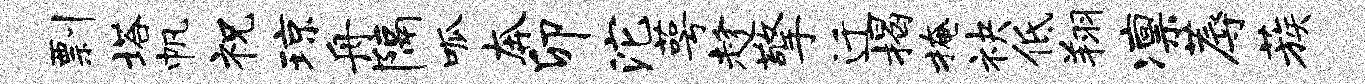
剽塔帆祝琼舟隔呱奔卯沱萼趁擎迁揭掩袂低翔凛蓐蔟